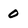
Character: 0